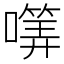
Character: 𡀜